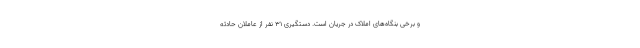
و برخی بنگاه‌های املاک در جریان است. دستگیری ۳۱ نفر از عاملان حادثه